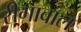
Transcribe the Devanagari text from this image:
रीगावाल